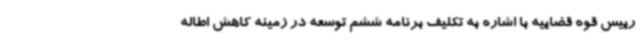
رییس قوه قضاییه با اشاره به تکلیف برنامه ششم توسعه در زمینه کاهش اطاله